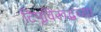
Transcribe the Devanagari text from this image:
टिपूविरूद्धच्या